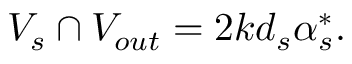
V _ { s } \cap V _ { o u t } = 2 k d _ { s } \alpha _ { s } ^ { * } .